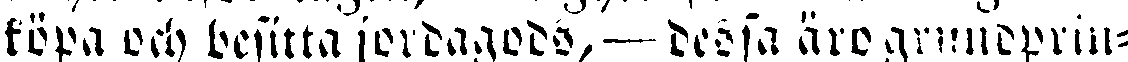
köpa och besitta jordagods, — dessa äro grundprin-